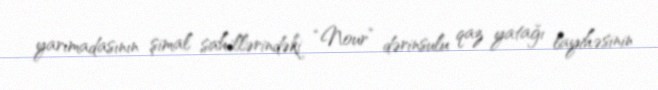
yarımadasının şimal sahillərindəki “Nour” dərinsulu qaz yatağı layihəsinin